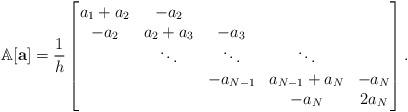
LaTeX: \begin{align*}\mathbb{A}[{\bf a}] = \dfrac{1}{h}\left[\begin{matrix}a_1+a_2 & -a_2 \\-a_2 & a_2+a_3 & -a_3 \\& \ddots & \ddots & \ddots \\& & -a_{N-1} & a_{N-1}+a_{N} & -a_{N} \\& & & -a_{N} & 2a_{N}\end{matrix}\right].\end{align*}